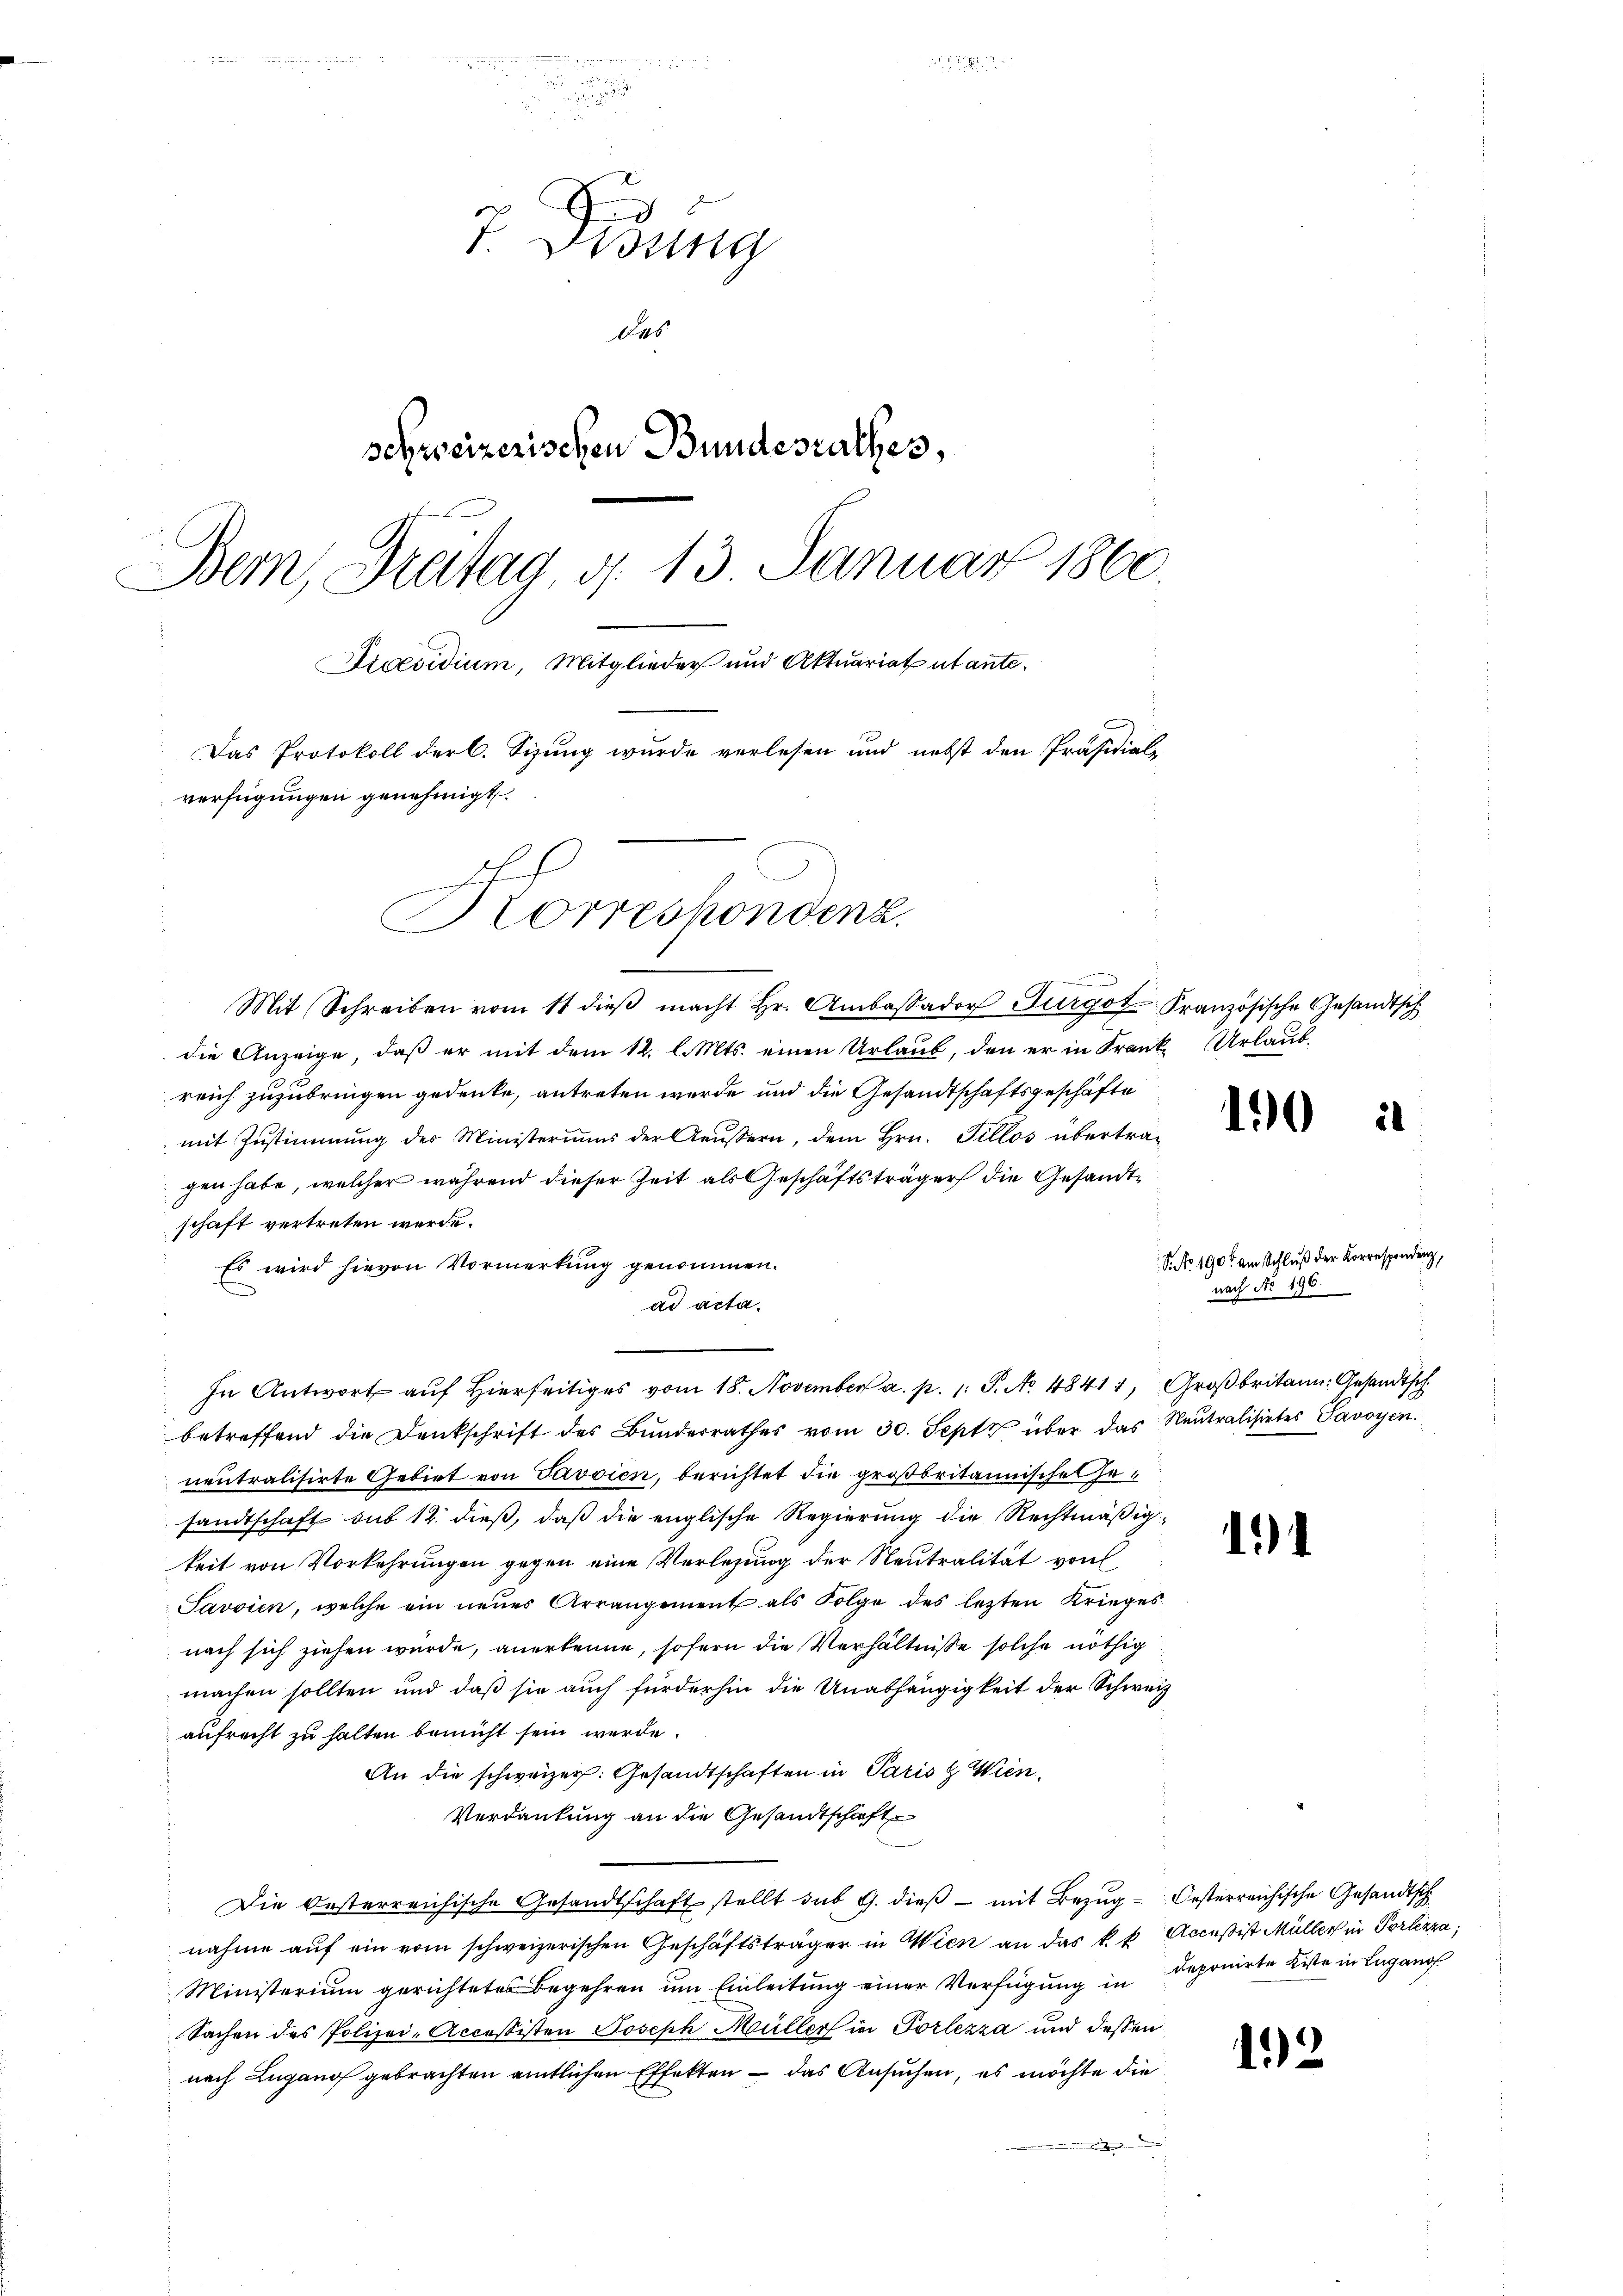
Ju
7. Bisung
Das
schweizerischen Bundesrathes,
Bern, Breitag, d. 13 Január 1860.
Praesidium, Mitglieder und Aktuariat utante¬
Das Protokoll der C. Sizung wurde verlesen und nebst den Präsidiale
verfügungen genehmigt.
Alf
Korrespondenz.

In Antwort aŭf hierseitiges vom 18. November a. p. 1. P. No 48411, Großbritann: Gesandtsch

Mit Schreiben vom 11 dieβ macht Hr. Ambaßador Burgot Französische Gesandtsch
die Anzeige, daß er mit dem 12. l. Mts. einen Urlaub, den er in Frank Urlaub-
reich zuzubringen gedenke, antreten werde und die Gesandtschaftsgeschäfte
mit Zustimmung der Ministeriums der Aeussern, dem Hrn. Sillos übertra-
gen habe, welcher während dieser Zeit als Geschäftsträger die Gesandtschaft vertreten werde.
Es wird hievon Vormerkung genommen.
ad acta.
betreffend die Denkschrift des Bŭndesrathes vom 30. Sept über das Neutralisietes Savoyen
neutralisirte Gebiet von Javsien, berichtet die großbritannischen Gesandtschaft sub 12 dieß, daß die englische Regierung die Rechtmäßigkeit von Vorkehrungen gegen eine Verlesung der Neutralität von
Javvien, welche ein neues Arrangement als Folge des lezten Krieges
nach sich ziehen wurde, anerkenne, sofern die Verhältnisse solche nöthig
machen sollten und daß sie auch fürderhin die Unabhängigkeit der Schweiz
aufrecht zu halten bemüht sein werde.
An die schweizer: Gesandtschaften in Paris & Wien.
Verdankung an die Gesandtschaft
Die Oesterreichische Gesandtschaft stellt sub 9. dies - mit Bezug Oesterreichische Gesandtsch
nahme auf ein vom schweizerischen Geschäftsträger in Wien an das k. k. Acceß ist Müller in Portezza,
Ministerium gerichtetes Begehren um Einleitung einer Verfügung in deponirte Kiste in Lugano
Sachen des Polizei-Accessisten Joseph Müller in Porlezza und dessen
nach Lugano gebrachten amtlichen Effekten – das Ansuchen, es möchte die

uin den

10

S. No 1905 am Schluß der Korrespondenz,
nach No. 196.

11

12

21